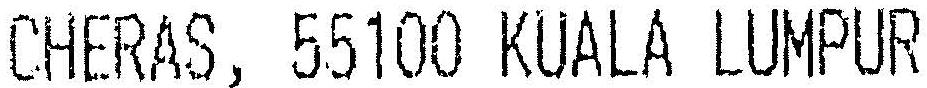
CHERAS, 55100 KUALA LUMPUR